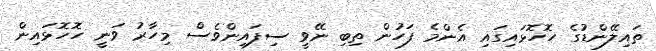
ތައިލޭންޑުގެ ހޮހޮޅައިގައި އެންމެ ފަހުން ތިބި ނޭވީ ސިފައިންވެސް މިހާރު ވަނީ ހޮހޮޅައިން